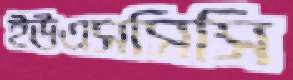
ইউএসসিসি